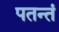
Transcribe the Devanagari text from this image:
पतन्तं